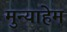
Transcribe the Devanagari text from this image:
मुन्याहेम